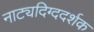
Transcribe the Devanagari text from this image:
नाट्यदिग्ददर्शक